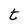
Character: t